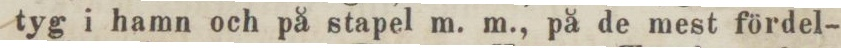
tyg i hamn och på stapel m. m., på de mest fördel-